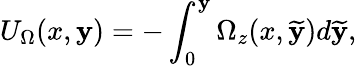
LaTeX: U_{\Omega}(x,\mathbf{y})=-\int_{0}^{\mathbf{y}}\Omega_{z}(x,\widetilde{{\mathbf{y}}})d\widetilde{{\mathbf{y}}},